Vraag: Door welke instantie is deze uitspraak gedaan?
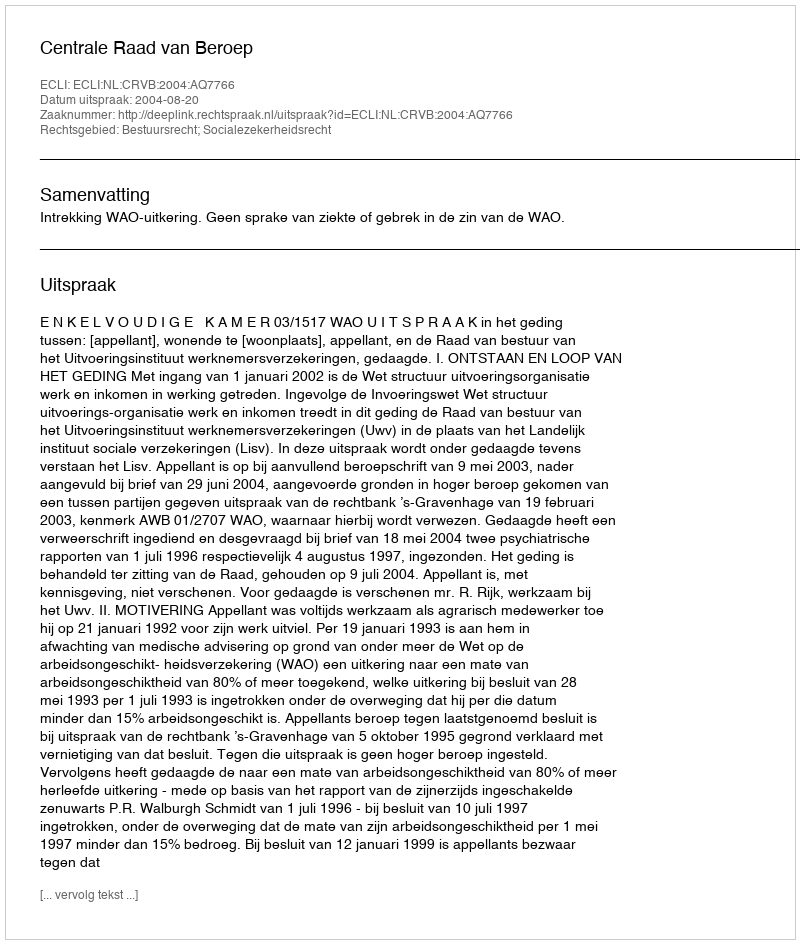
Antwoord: Centrale Raad van Beroep